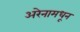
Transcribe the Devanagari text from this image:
अरेनामधून